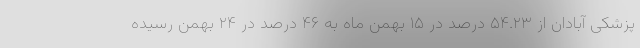
پزشکی آبادان از ۵۴.۲۳ درصد در ۱۵ بهمن ماه به ۴۶ درصد در ۲۴ بهمن رسیده